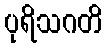
ပုရိသဂတိ